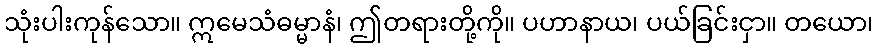
သုံးပါးကုန်သော။ ဣမေသံဓမ္မာနံ၊ ဤတရားတို့ကို။ ပဟာနာယ၊ ပယ်ခြင်းငှာ။ တယော၊